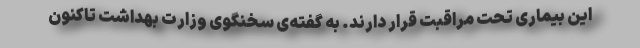
این بیماری تحت مراقبت قرار دارند. به گفته‌ی سخنگوی وزارت بهداشت تاکنون